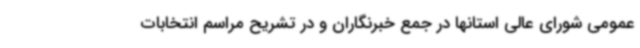
عمومی شورای عالی استانها در جمع خبرنگاران و در تشریح مراسم انتخابات